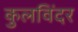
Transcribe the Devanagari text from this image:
कुलविंदर